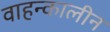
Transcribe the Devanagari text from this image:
वाहन्कालीन